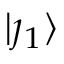
\lvert \j _ { 1 } \rangle